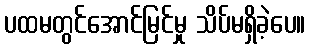
ပထမတွင်အောင်မြင်မှု သိပ်မရှိခဲ့ပေ။